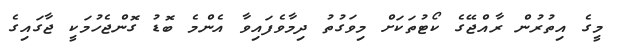
މީގެ އިތުރުން ރާއްޖޭގެ ކޯޓުތަކަށް މިވަގުތު ދިމާވެފައިވާ އެންމެ ބޮޑު ގޮންޖެހުމަކީ ޖާގައިގެ